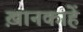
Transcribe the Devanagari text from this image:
ख़ानकाहें